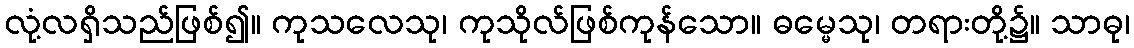
လုံ့လရှိသည်ဖြစ်၍။ ကုသလေသု၊ ကုသိုလ်ဖြစ်ကုန်သော။ ဓမ္မေသု၊ တရားတို့၌။ သာဓု၊